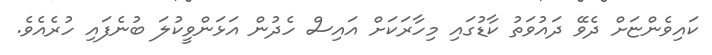
ކައިވެންޏަށް ދެވޭ ދައުވަތު ކާޑުގައި މިހާރަކަށް އައިސް ހެދުން އަޅަންވީކުލަ ބުނެފައި ހުރެއެވެ.